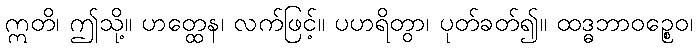
ဣတိ၊ ဤသို့။ ဟတ္ထေန၊ လက်ဖြင့်။ ပဟရိတွာ၊ ပုတ်ခတ်၍။ ထဒ္ဓဘာဝဉ္စေဝ၊